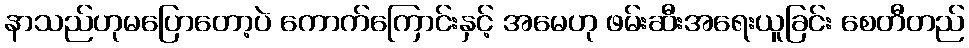
နာသည်ဟုမပြောတော့ပဲ ကောက်ကြောင်းနှင့် အမေဟု ဖမ်းဆီးအရေးယူခြင်း စေတီတည်